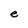
Character: e